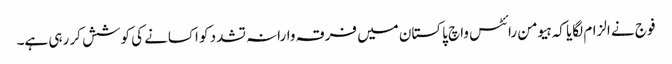
فوج نے الزام لگایا کہ ہیومن رائٹس واچ پاکستان میں فرقہ وارانہ تشدد کو اکسانے کی کوشش کر رہی ہے۔